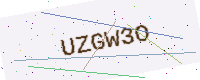
Text: UZGW3O